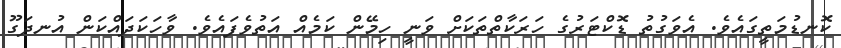
ކޮނޑުމަތީގައެވެ. އެވަގުތު ޑޮކްޓަރުގެ ހަރަކާތްތަކަށް ވަނީ ހިމޭން ކަމެއް އަތުވެފައެވެ. ވާހަކަދައްކަން އުނދަގޫ